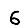
Digit: 6